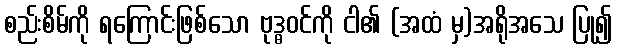
စည်းစိမ်ကို ရကြောင်းဖြစ်သော ဗုဒ္ဓဝင်ကို ငါ၏ (အထံ မှ)အရိုအသေ ပြု၍